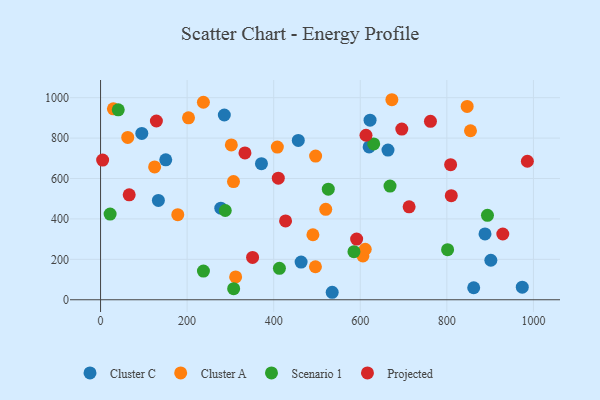
{"axis": {"x": "Study Hours", "y": "Rating"}, "legend": ["Cluster A", "Cluster C", "Projected", "Scenario 1"], "data": [{"x": "277.8", "y": 453.3, "type": "Cluster C"}, {"x": "622.6", "y": 888.5, "type": "Cluster C"}, {"x": "133.6", "y": 491.6, "type": "Cluster C"}, {"x": "535.1", "y": 37.0, "type": "Cluster C"}, {"x": "463.3", "y": 186.4, "type": "Cluster C"}, {"x": "664.0", "y": 740.8, "type": "Cluster C"}, {"x": "901.6", "y": 195.4, "type": "Cluster C"}, {"x": "888.1", "y": 325.7, "type": "Cluster C"}, {"x": "95.3", "y": 822.9, "type": "Cluster C"}, {"x": "285.9", "y": 914.4, "type": "Cluster C"}, {"x": "862.0", "y": 59.4, "type": "Cluster C"}, {"x": "974.2", "y": 62.2, "type": "Cluster C"}, {"x": "620.4", "y": 756.2, "type": "Cluster C"}, {"x": "371.7", "y": 673.5, "type": "Cluster C"}, {"x": "150.6", "y": 692.4, "type": "Cluster C"}, {"x": "456.8", "y": 788.7, "type": "Cluster C"}, {"x": "203.2", "y": 900.3, "type": "Cluster A"}, {"x": "520.2", "y": 447.5, "type": "Cluster A"}, {"x": "124.9", "y": 657.1, "type": "Cluster A"}, {"x": "673.0", "y": 989.9, "type": "Cluster A"}, {"x": "307.1", "y": 584.8, "type": "Cluster A"}, {"x": "29.7", "y": 945.0, "type": "Cluster A"}, {"x": "496.8", "y": 710.9, "type": "Cluster A"}, {"x": "490.6", "y": 321.6, "type": "Cluster A"}, {"x": "854.6", "y": 836.4, "type": "Cluster A"}, {"x": "496.4", "y": 163.2, "type": "Cluster A"}, {"x": "606.1", "y": 217.1, "type": "Cluster A"}, {"x": "611.4", "y": 249.9, "type": "Cluster A"}, {"x": "312.1", "y": 113.1, "type": "Cluster A"}, {"x": "846.9", "y": 956.8, "type": "Cluster A"}, {"x": "237.6", "y": 977.5, "type": "Cluster A"}, {"x": "302.1", "y": 766.2, "type": "Cluster A"}, {"x": "62.8", "y": 803.5, "type": "Cluster A"}, {"x": "178.4", "y": 420.8, "type": "Cluster A"}, {"x": "408.4", "y": 755.5, "type": "Cluster A"}, {"x": "526.1", "y": 547.4, "type": "Scenario 1"}, {"x": "413.2", "y": 155.7, "type": "Scenario 1"}, {"x": "668.7", "y": 562.4, "type": "Scenario 1"}, {"x": "801.7", "y": 247.8, "type": "Scenario 1"}, {"x": "288.1", "y": 441.6, "type": "Scenario 1"}, {"x": "40.9", "y": 939.8, "type": "Scenario 1"}, {"x": "893.8", "y": 417.8, "type": "Scenario 1"}, {"x": "307.5", "y": 54.9, "type": "Scenario 1"}, {"x": "237.7", "y": 142.1, "type": "Scenario 1"}, {"x": "585.4", "y": 237.9, "type": "Scenario 1"}, {"x": "631.0", "y": 771.1, "type": "Scenario 1"}, {"x": "22.1", "y": 424.0, "type": "Scenario 1"}, {"x": "712.8", "y": 459.9, "type": "Projected"}, {"x": "929.2", "y": 325.5, "type": "Projected"}, {"x": "810.2", "y": 515.1, "type": "Projected"}, {"x": "695.9", "y": 844.5, "type": "Projected"}, {"x": "351.2", "y": 209.6, "type": "Projected"}, {"x": "986.0", "y": 685.3, "type": "Projected"}, {"x": "427.4", "y": 390.2, "type": "Projected"}, {"x": "129.0", "y": 884.5, "type": "Projected"}, {"x": "762.1", "y": 882.9, "type": "Projected"}, {"x": "808.7", "y": 668.5, "type": "Projected"}, {"x": "333.6", "y": 726.7, "type": "Projected"}, {"x": "591.6", "y": 300.3, "type": "Projected"}, {"x": "66.2", "y": 519.1, "type": "Projected"}, {"x": "4.8", "y": 691.3, "type": "Projected"}, {"x": "613.2", "y": 814.2, "type": "Projected"}, {"x": "410.6", "y": 601.8, "type": "Projected"}]}